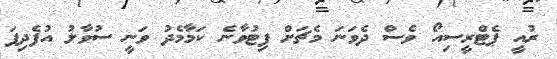
ރުއީ ޕެޓްރީސިއޯ ވެސް ދެވަނަ މެޗަށް ފިޓުވާނެ ކަމާމެދު ވަނީ ސުވާލު އުފެދިފަ